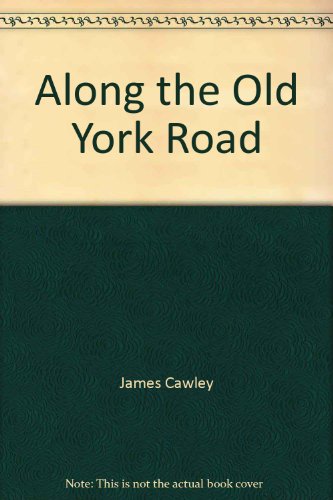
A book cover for Along the Old York Road; James Cawley; Travel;